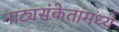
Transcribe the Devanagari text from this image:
नाट्यसंकेतांमध्ये